Code of medical and sanitary regulations for the guidance of medical officers serving in the Madras Presidency - Volume I
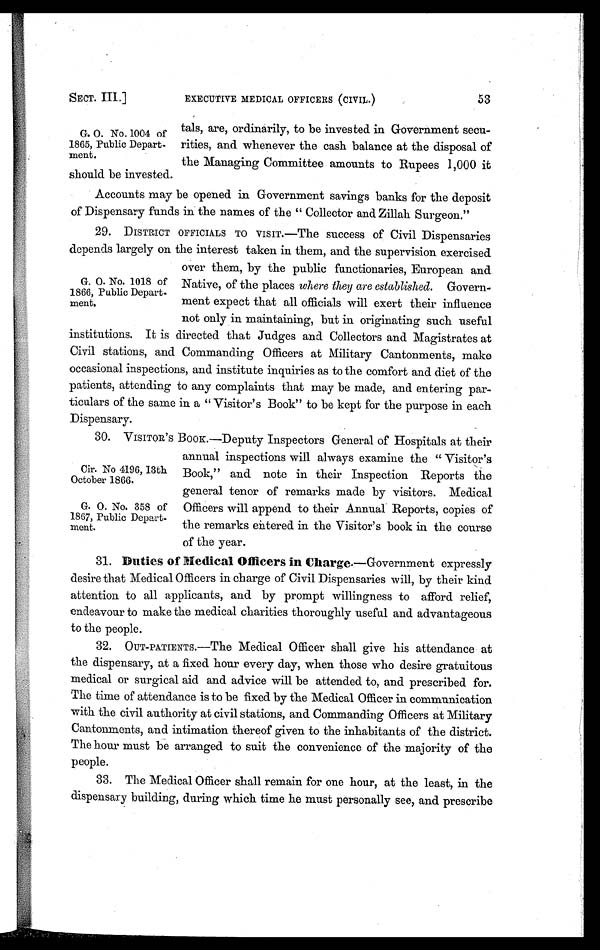
SECT. III.]
EXECUTIVE MEDICAL OFFICERS (CIVIL.)
53
tals, are, ordinarily, to be invested in Government secu-
rities, and whenever the cash balance at the disposal of
the Managing Committee amounts to Rupees 1,000 it
should be invested.
Accounts may be opened in Government savings banks for the deposit
of Dispensary funds in the names of the " Collector and Zillah Surgeon."
29. DISTRICT OFFICIALS TO VISIT.—The success of Civil Dispensaries
depends largely on the interest taken in them, and the supervision exercised
over them, by the public functionaries, European and
Native, of the places where they are established. Govern-
ment expect that all officials will exert their influence
not only in maintaining, but in originating such useful
institutions. It is directed that Judges and Collectors and Magistrates at
Civil stations, and Commanding Officers at Military Cantonments, make
occasional inspections, and institute inquiries as to the comfort and diet of the
patients, attending to any complaints that may be made, and entering par-
ticulars of the same in a " Visitor's Book" to be kept for the purpose in each
Dispensary.
30. VISITOR'S BOOK.—Deputy Inspectors General of Hospitals at their
annual inspections will always examine the " Visitor's
Book," and note in their Inspection Reports the
general tenor of remarks made by visitors. Medical
Officers will append to their Annual Reports, copies of
the remarks entered in the Visitor's book in the course
of the year.
31.
Duties of Medical Officers in Charge .—Government expressly
desire that Medical Officers in charge of Civil Dispensaries will, by their kind
attention to all applicants, and by prompt willingness to afford relief,
endeavour to make the medical charities thoroughly useful and advantageous
to the people.
32. OUT-PATIENTS.—The Medical Officer shall give his attendance at
the dispensary, at a fixed hour every day, when those who desire gratuitous
medical or surgical aid and advice will be attended to, and prescribed for.
The time of attendance is to be fixed by the Medical Officer in communication
with the civil authority at civil stations, and Commanding Officers at Military
Cantonments, and intimation thereof given to the inhabitants of the district.
The hour must be arranged to suit the convenience of the majority of the
people.
33. The Medical Officer shall remain for one hour, at the least, in the
dispensary building, during which time he must personally see, and prescribe
G. O. No. 1004 of
1865, Public Depart-
ment.
G. O. No. 1018 of
1866, Public Depart-
ment.
Cir. No 4196, 13th
October 1866.
G. O. No. 358 of
1867, Public Depart-
ment.